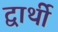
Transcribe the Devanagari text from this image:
द्वार्थी